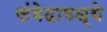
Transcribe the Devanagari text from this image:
संवेदामध्ये